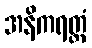
အနိကရတ္တံ